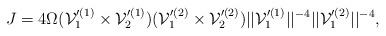
LaTeX: \begin{align*}J= 4\Omega ({\cal V}_1'^{(1)}\times {\cal V}_2'^{(1)} )({\cal V}_1'^{(2)}\times {\cal V}_2'^{(2)} )|| {\cal V}_1'^{(1)} ||^{-4} || {\cal V}_1'^{(2)} ||^{-4},\end{align*}